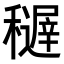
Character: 𥣦